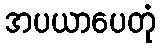
အပယာပေတုံ